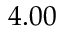
4 . 0 0